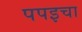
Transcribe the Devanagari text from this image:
पपइचा